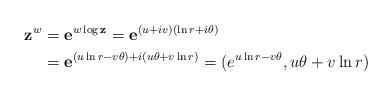
LaTeX: \begin{align*} \mathbf{z}^w & =\mathbf{e}^{w\log \mathbf{z}}=\mathbf{e}^{(u+iv)(\ln r+i\theta )}\\ & =\mathbf{e}^{(u\ln r-v\theta )+i(u\theta +v\ln r)}=(e^{u\ln r-v\theta }, u\theta +v\ln r) \end{align*}